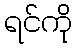
ရင်ကို